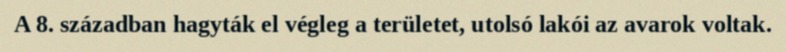
A 8. században hagyták el végleg a területet, utolsó lakói az avarok voltak.